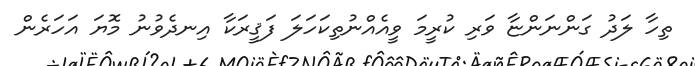
ތިހާ ލަދު ގަންނަންޏާ ވަރި ކުރީމަ ވީއެއްނުތިކަހަލަ ފަޤީރަކާ އިނދެވުނު މޮޔަ އަހަރެން